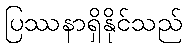
ပြဿနာရှိနိုင်သည်